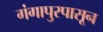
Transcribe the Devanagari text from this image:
गंगापुरपासून